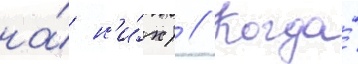
на́ н'и́х) // Когда́